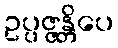
ဥပ္ပဇ္ဇန္တိပေ